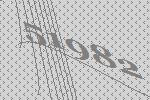
51982